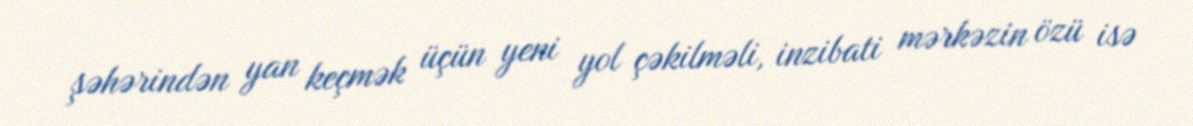
şəhərindən yan keçmək üçün yeni yol çəkilməli, inzibati mərkəzin özü isə